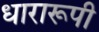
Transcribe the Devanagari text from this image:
धारारूपी